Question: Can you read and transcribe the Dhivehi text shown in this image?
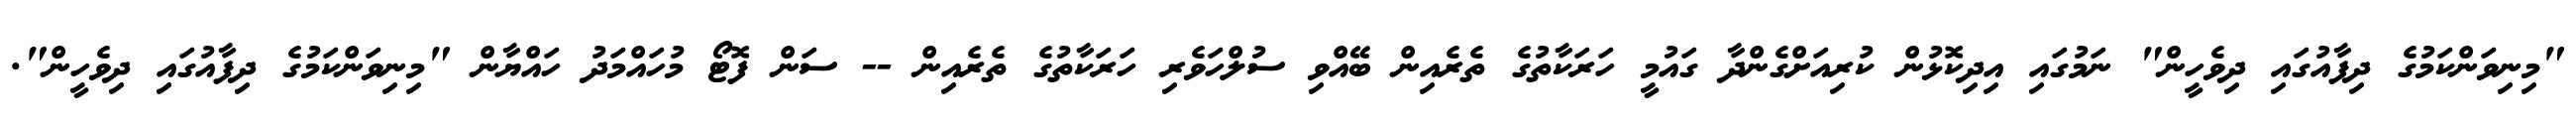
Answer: "މިނިވަންކަމުގެ ދިފާއުގައި ދިވެހީން" ނަމުގައި އިދިކޮޅުން ކުރިއަށްގެންދާ ގައުމީ ހަރަކާތުގެ ތެރެއިން ބޭއްވި ސުލްހަވެރި ހަރަކާތުގެ ތެރެއިން -- ސަން ފޮޓޯ މުހައްމަދު ހައްޔާން "މިނިވަންކަމުގެ ދިފާއުގައި ދިވެހީން".